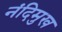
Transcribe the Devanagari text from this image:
नंदिमुख